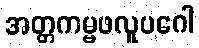
အတ္တကမ္မဖလူပဂေါ